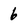
Character: 6